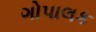
ગોપાલક